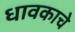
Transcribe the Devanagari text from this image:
धावकाचे